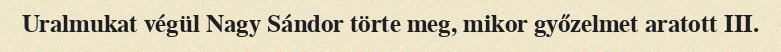
Uralmukat végül Nagy Sándor törte meg, mikor győzelmet aratott III.